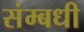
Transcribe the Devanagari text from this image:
संम्बधी